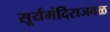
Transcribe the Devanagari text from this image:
सूर्यमंदिराजवळ